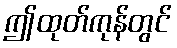
ဤထုတ်ကုန်တွင်